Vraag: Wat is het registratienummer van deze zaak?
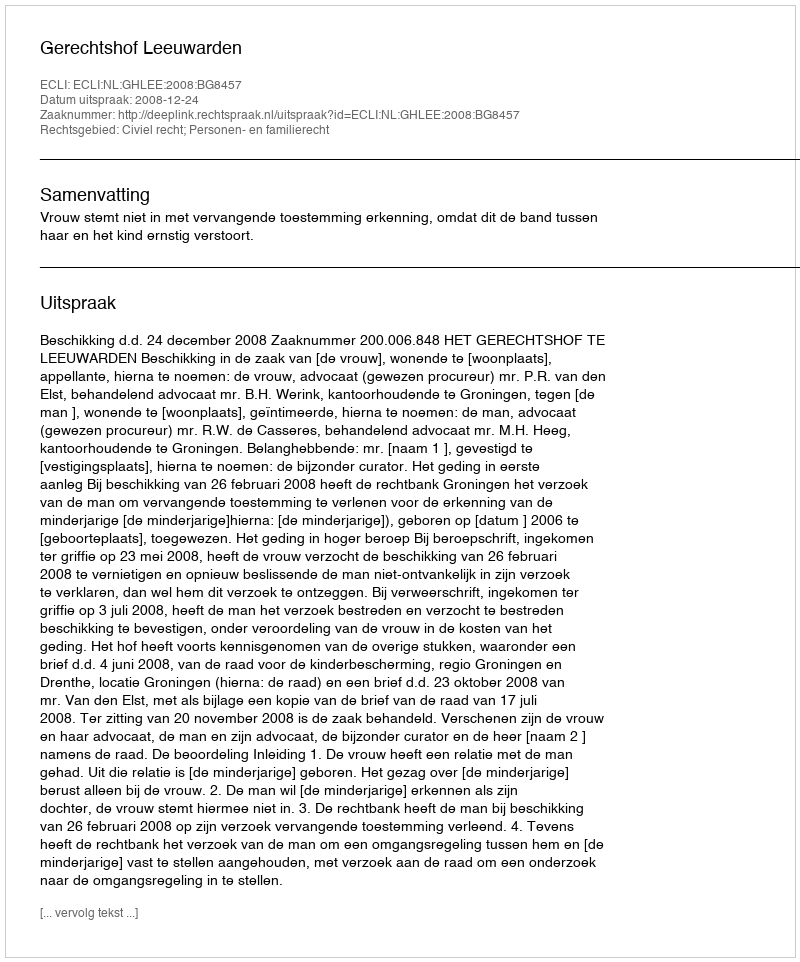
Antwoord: http://deeplink.rechtspraak.nl/uitspraak?id=ECLI:NL:GHLEE:2008:BG8457